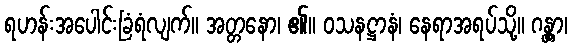
ရဟန်းအပေါင်းခြံရံလျက်။ အတ္တနော၊ ၏။ ဝသနဋ္ဌာနံ၊ နေရာအရပ်သို့။ ဂန္တွာ၊